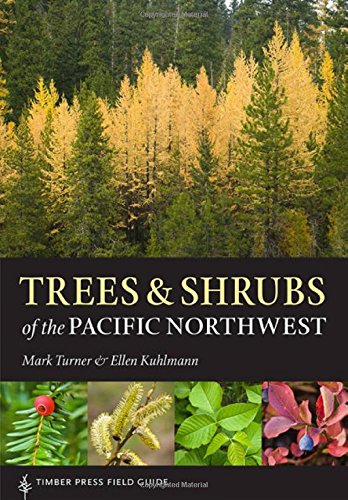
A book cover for Trees and Shrubs of the Pacific Northwest: Timber Press Field Guide (Timber Press Field Guides); Mark Turner; Science & Math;